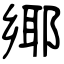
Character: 鄊